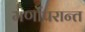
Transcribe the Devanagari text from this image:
मर्णोंपरान्त